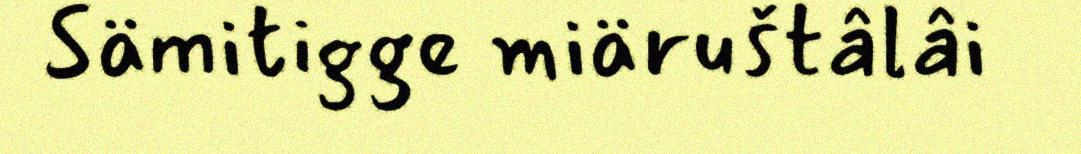
Sämitigge miäruštâlâi